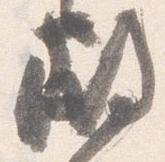
殿